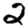
Digit: 2